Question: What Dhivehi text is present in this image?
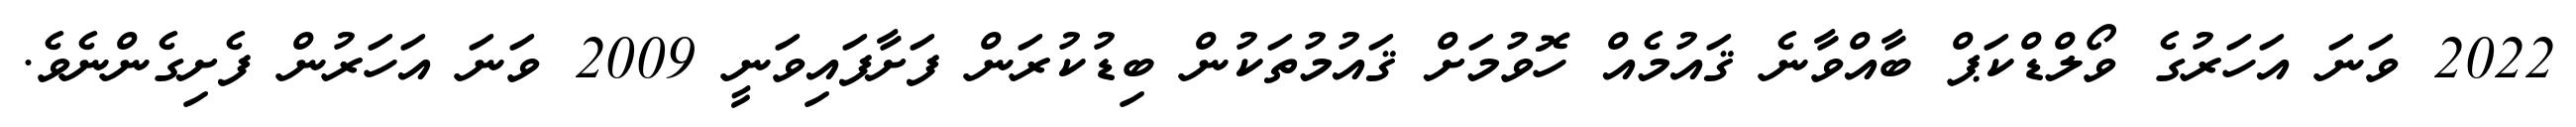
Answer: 2022 ވަނަ އަހަރުގެ ވޯލްޑްކަޕް ބާއްވާނެ ޤައުމެއް ހޮވުމަށް ޤައުމުތަކުން ބިޑުކުރަން ފަށާފައިވަނީ 2009 ވަނަ އަހަރުން ފެށިގެންނެވެ.